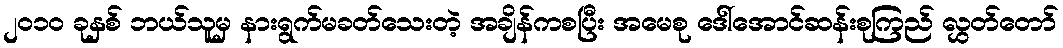
၂၀၁၀ ခုနှစ် ဘယ်သူမှ နားရွက်မခတ်သေးတဲ့ အချိန်ကစပြီး အမေစု ဒေါ်အောင်ဆန်းစုကြည် လွှတ်တော်